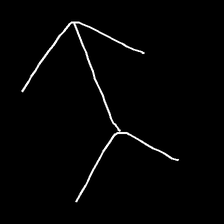
Glyph: gather